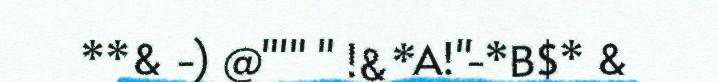
**& -) @"'" " !&*A!"-*B$* &